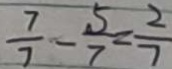
\frac { 7 } { 7 } - \frac { 5 } { 7 } = \frac { 2 } { 7 }